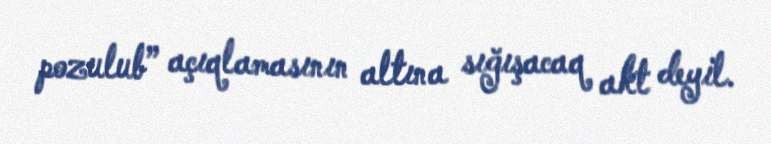
pozulub” açıqlamasının altına sığışacaq akt deyil.